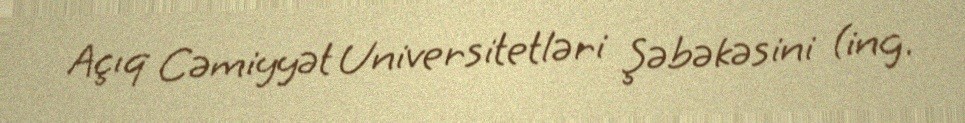
Açıq Cəmiyyət Universitetləri Şəbəkəsini (ing.